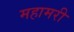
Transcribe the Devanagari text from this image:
महामरी